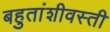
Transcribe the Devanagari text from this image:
बहुतांशीवस्ती